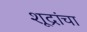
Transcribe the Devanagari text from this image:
शूद्रांचा